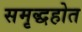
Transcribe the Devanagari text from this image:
समृद्धहोत